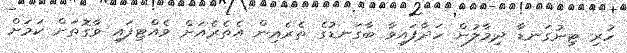
ހުރި ޓިނުގަނޑާ ދިމާލުން ހަދާފައިވާ ބާގަނޑުގެ ތެރެއިން އެތެރެއަށް ވެއްޓިފައި ވާގޮތަށް ކަމަށް